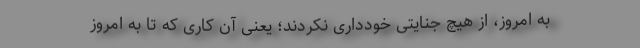
به امروز، از هیچ جنایتی خودداری نکردند؛ یعنی آن کاری که تا به امروز